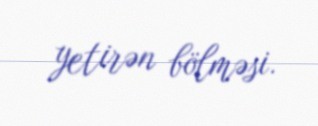
yetirən bölməsi.